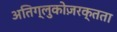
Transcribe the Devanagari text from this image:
अतिग्लुकोज़रक्तता